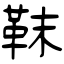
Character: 靺